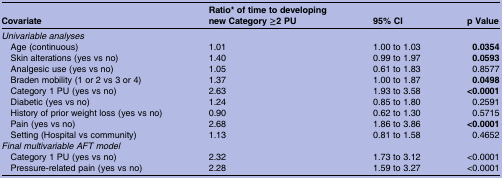
<table><thead><tr><td><b>Covariate</b></td><td><b>Ratio* of time to developing new Category ≥2 PU</b></td><td><b>95% CI</b></td><td><b>p Value</b></td></tr></thead><tbody><tr><td colspan="4"><i>Univariable analyses</i></td></tr><tr><td> Age (continuous)</td><td>1.01</td><td>1.00 to 1.03</td><td><b>0.0354</b></td></tr><tr><td> Skin alterations (yes vs no)</td><td>1.40</td><td>0.99 to 1.97</td><td><b>0.0593</b></td></tr><tr><td> Analgesic use (yes vs no)</td><td>1.05</td><td>0.61 to 1.83</td><td>0.8577</td></tr><tr><td> Braden mobility (1 or 2 vs 3 or 4)</td><td>1.37</td><td>1.00 to 1.87</td><td><b>0.0498</b></td></tr><tr><td> Category 1 PU (yes vs no)</td><td>2.63</td><td>1.93 to 3.58</td><td><b>&lt;0.0001</b></td></tr><tr><td> Diabetic (yes vs no)</td><td>1.24</td><td>0.85 to 1.80</td><td>0.2591</td></tr><tr><td> History of prior weight loss (yes vs no)</td><td>0.90</td><td>0.62 to 1.30</td><td>0.5715</td></tr><tr><td> Pain (yes vs no)</td><td>2.68</td><td>1.86 to 3.86</td><td><b>&lt;0.0001</b></td></tr><tr><td> Setting (Hospital vs community)</td><td>1.13</td><td>0.81 to 1.58</td><td>0.4652</td></tr><tr><td colspan="4"><i>Final multivariable AFT model</i></td></tr><tr><td> Category 1 PU (yes vs no)</td><td>2.32</td><td>1.73 to 3.12</td><td>&lt;0.0001</td></tr><tr><td> Pressure-related pain (yes vs no)</td><td>2.28</td><td>1.59 to 3.27</td><td>&lt;0.0001</td></tr></tbody></table>